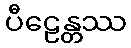
ပီဠေန္တဿ